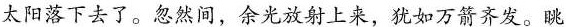
太阳落下去了。忽然间，余光放射上来，如万箭齐发。眺